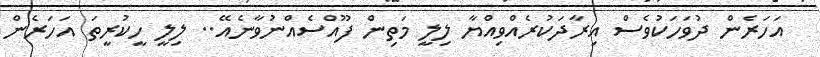
އަހަރެން ދުވަހަކުވެސް އިރާދަކުރެއްވިއްޔާ ލިލީ މަތިން ފޫއްސެއްނުވާނެއޭ.. ލިލީ ހީކުރީތަ އަހަރެން